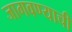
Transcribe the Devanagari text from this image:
जागवण्याची